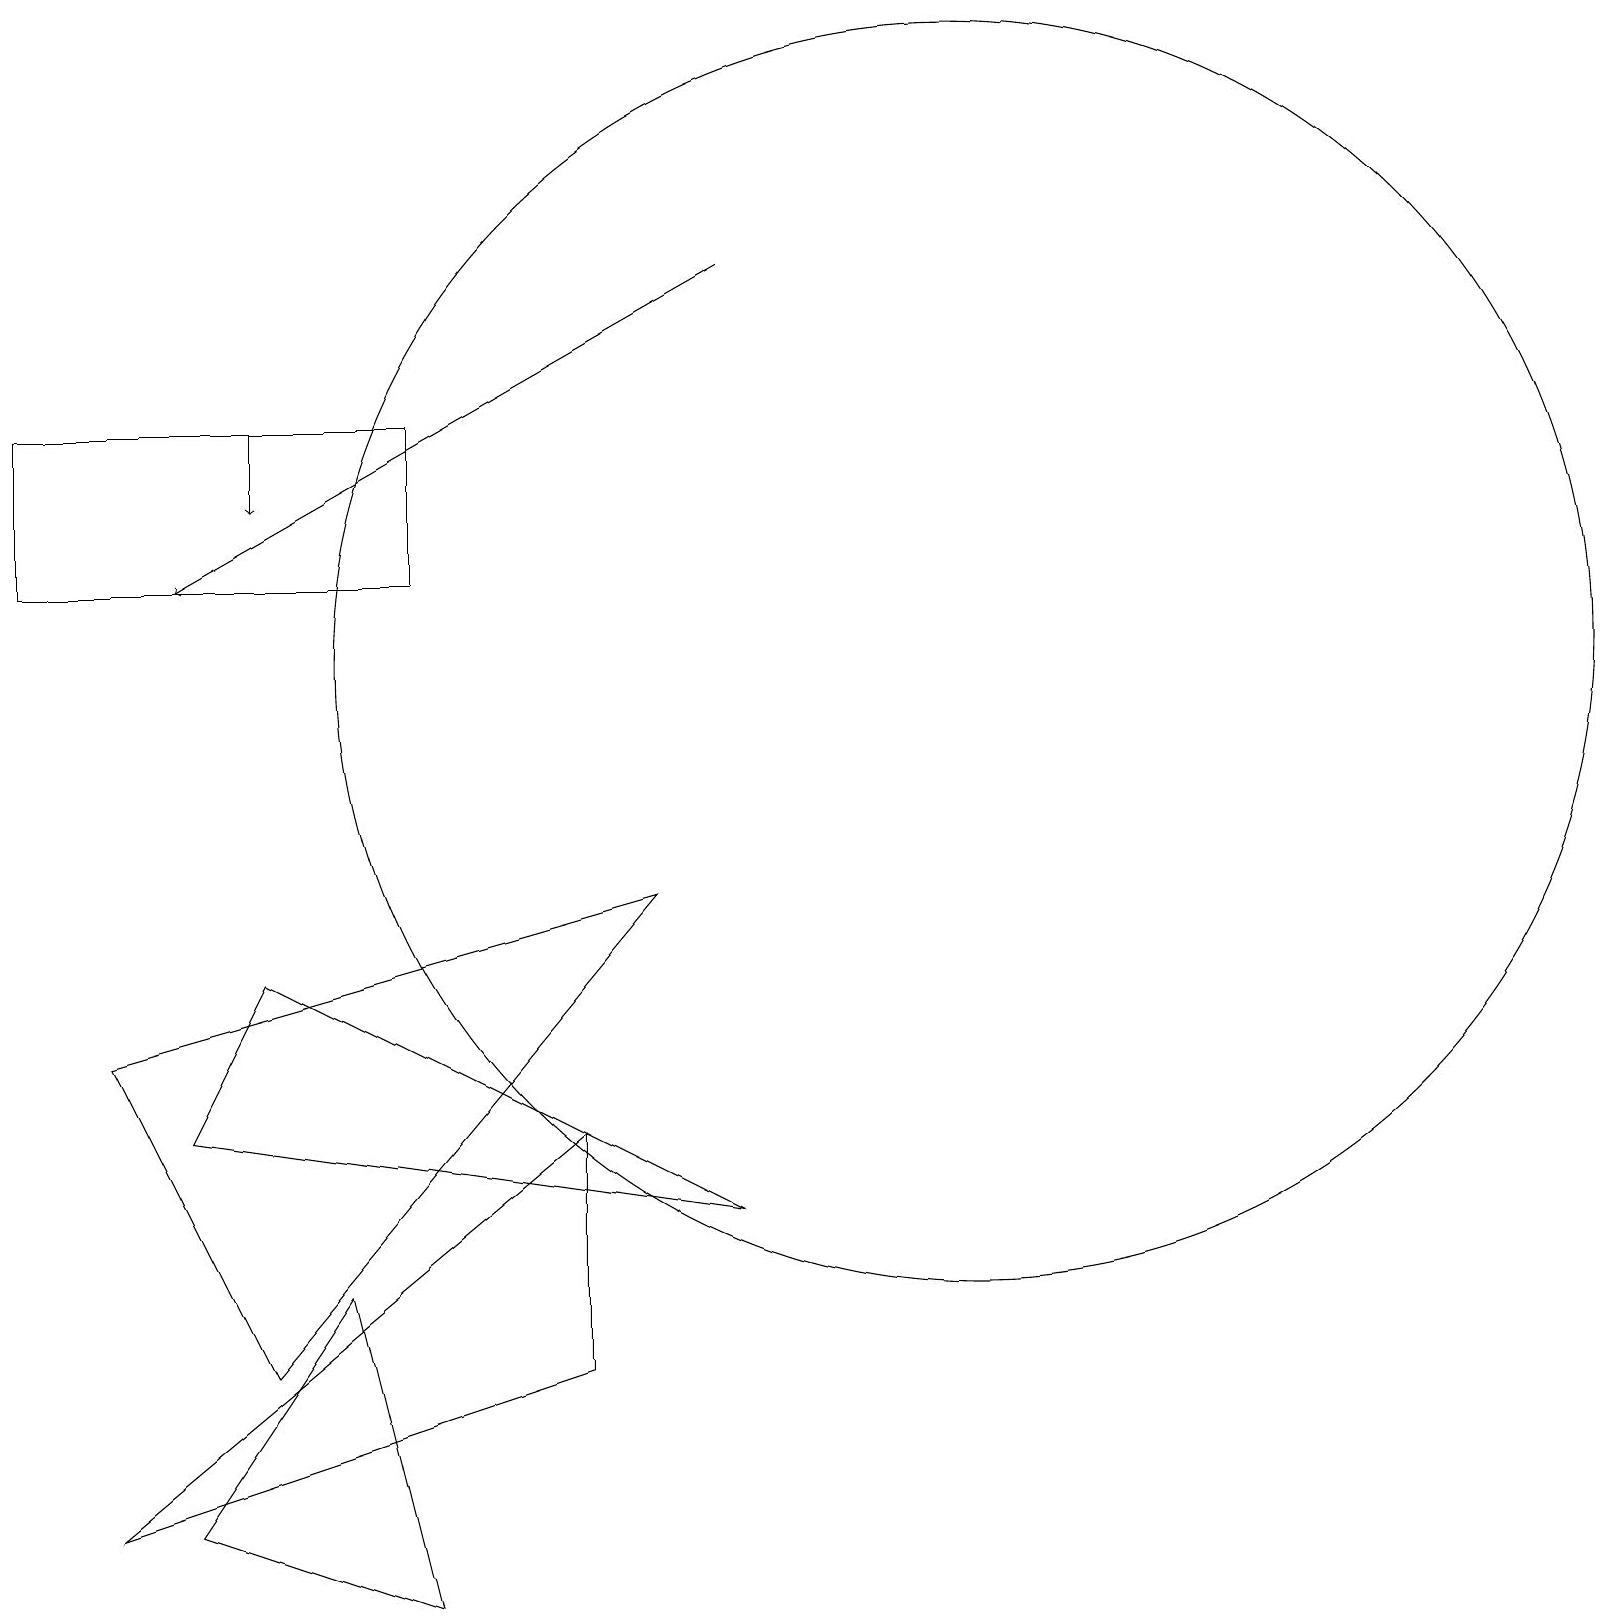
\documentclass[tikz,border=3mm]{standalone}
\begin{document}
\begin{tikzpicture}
\draw (4,4) -- (5,0) -- (2,1) -- cycle;
\draw[->] (9,17) -- (2,13);
\draw (1,7) -- (3,3) -- (8,9) -- cycle;
\draw (12,12) circle (8);
\draw (0,15) rectangle (5,13);
\draw (1,1) -- (7,6) -- (7,3) -- cycle;
\draw (9,5) -- (3,8) -- (2,6) -- cycle;
\draw[->] (3,15) -- (3,14);
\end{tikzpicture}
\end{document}